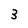
Character: 3